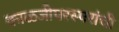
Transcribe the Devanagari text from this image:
काळजीपरस्परांची